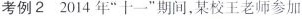
考例22014年”十一”期间，某校王老师